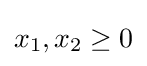
x_{1},x_{2}\geq 0